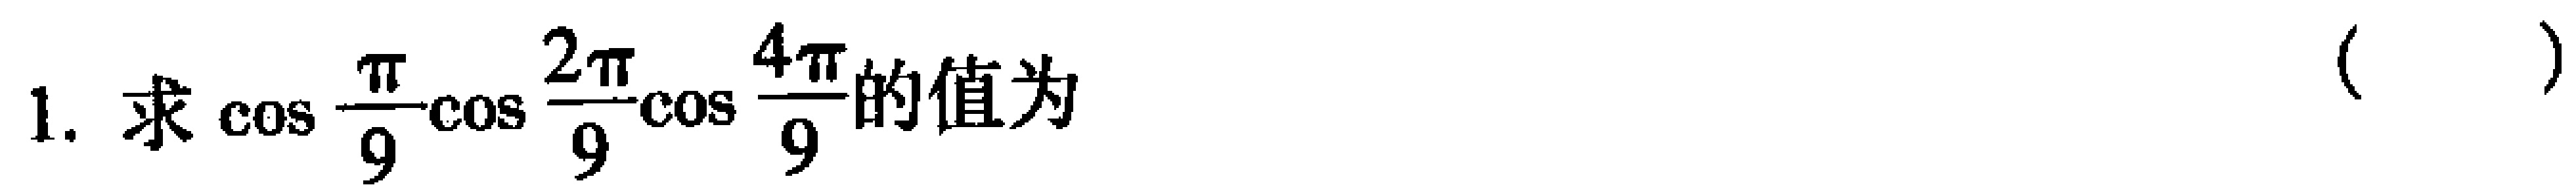
1. 求\(\cos\frac{\pi}{9}\cos\frac{2\pi}{9}\cos\frac{4\pi}{9}\)的值为（  ）